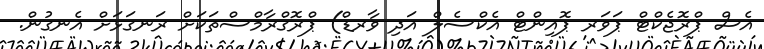
އެސް ޕްރޮޖެކްޓް ޕަވަރ ޕޮއިންޓް އެކްސެލް އަދި ވާރޑް) ޕްރޮގްރާމްސްތަކަށް ރަނގަޅަށް އެނގުން.